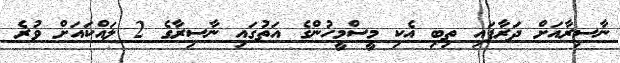
ނާސިރާއަށް ދަރާފައި ތިބި އެކި މީސްމީހުންގެ އަތުގައި ނާސިރާގެ 2 ލައްކައަށް ވުރެ